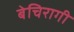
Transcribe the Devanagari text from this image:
बेचिरागी